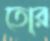
তো্র